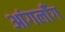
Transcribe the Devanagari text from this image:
आंगलॉँग